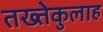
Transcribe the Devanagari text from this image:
तख्तेकुलाह